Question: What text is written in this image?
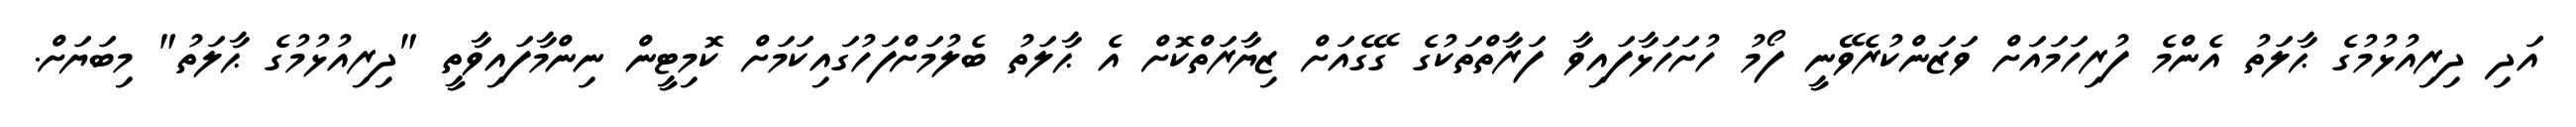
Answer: އަދި ދިރިއުޅުމުގެ ޙާލަތު އެންމެ ފުރިހަމައަށް ވަޒަންކުރެވޭނީ ފޯމު ހުށަހަޅާފައިވާ ފަރާތްތަކުގެ ގޭގެއަށް ޒިޔާރަތްކޮށް އެ ޙާލަތު ބެލުމަށްފަހުގައިކަމަށް ކޮމިޓީން ނިންމާފައިވާތީ "ދިރިއުޅުމުގެ ޙާލަތު" މިބަޔަށް.